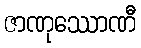
ဇာဏုဿောဏီ